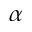
\alpha